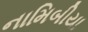
નામિબીયા